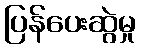
ပြန်ပေးဆွဲမှု